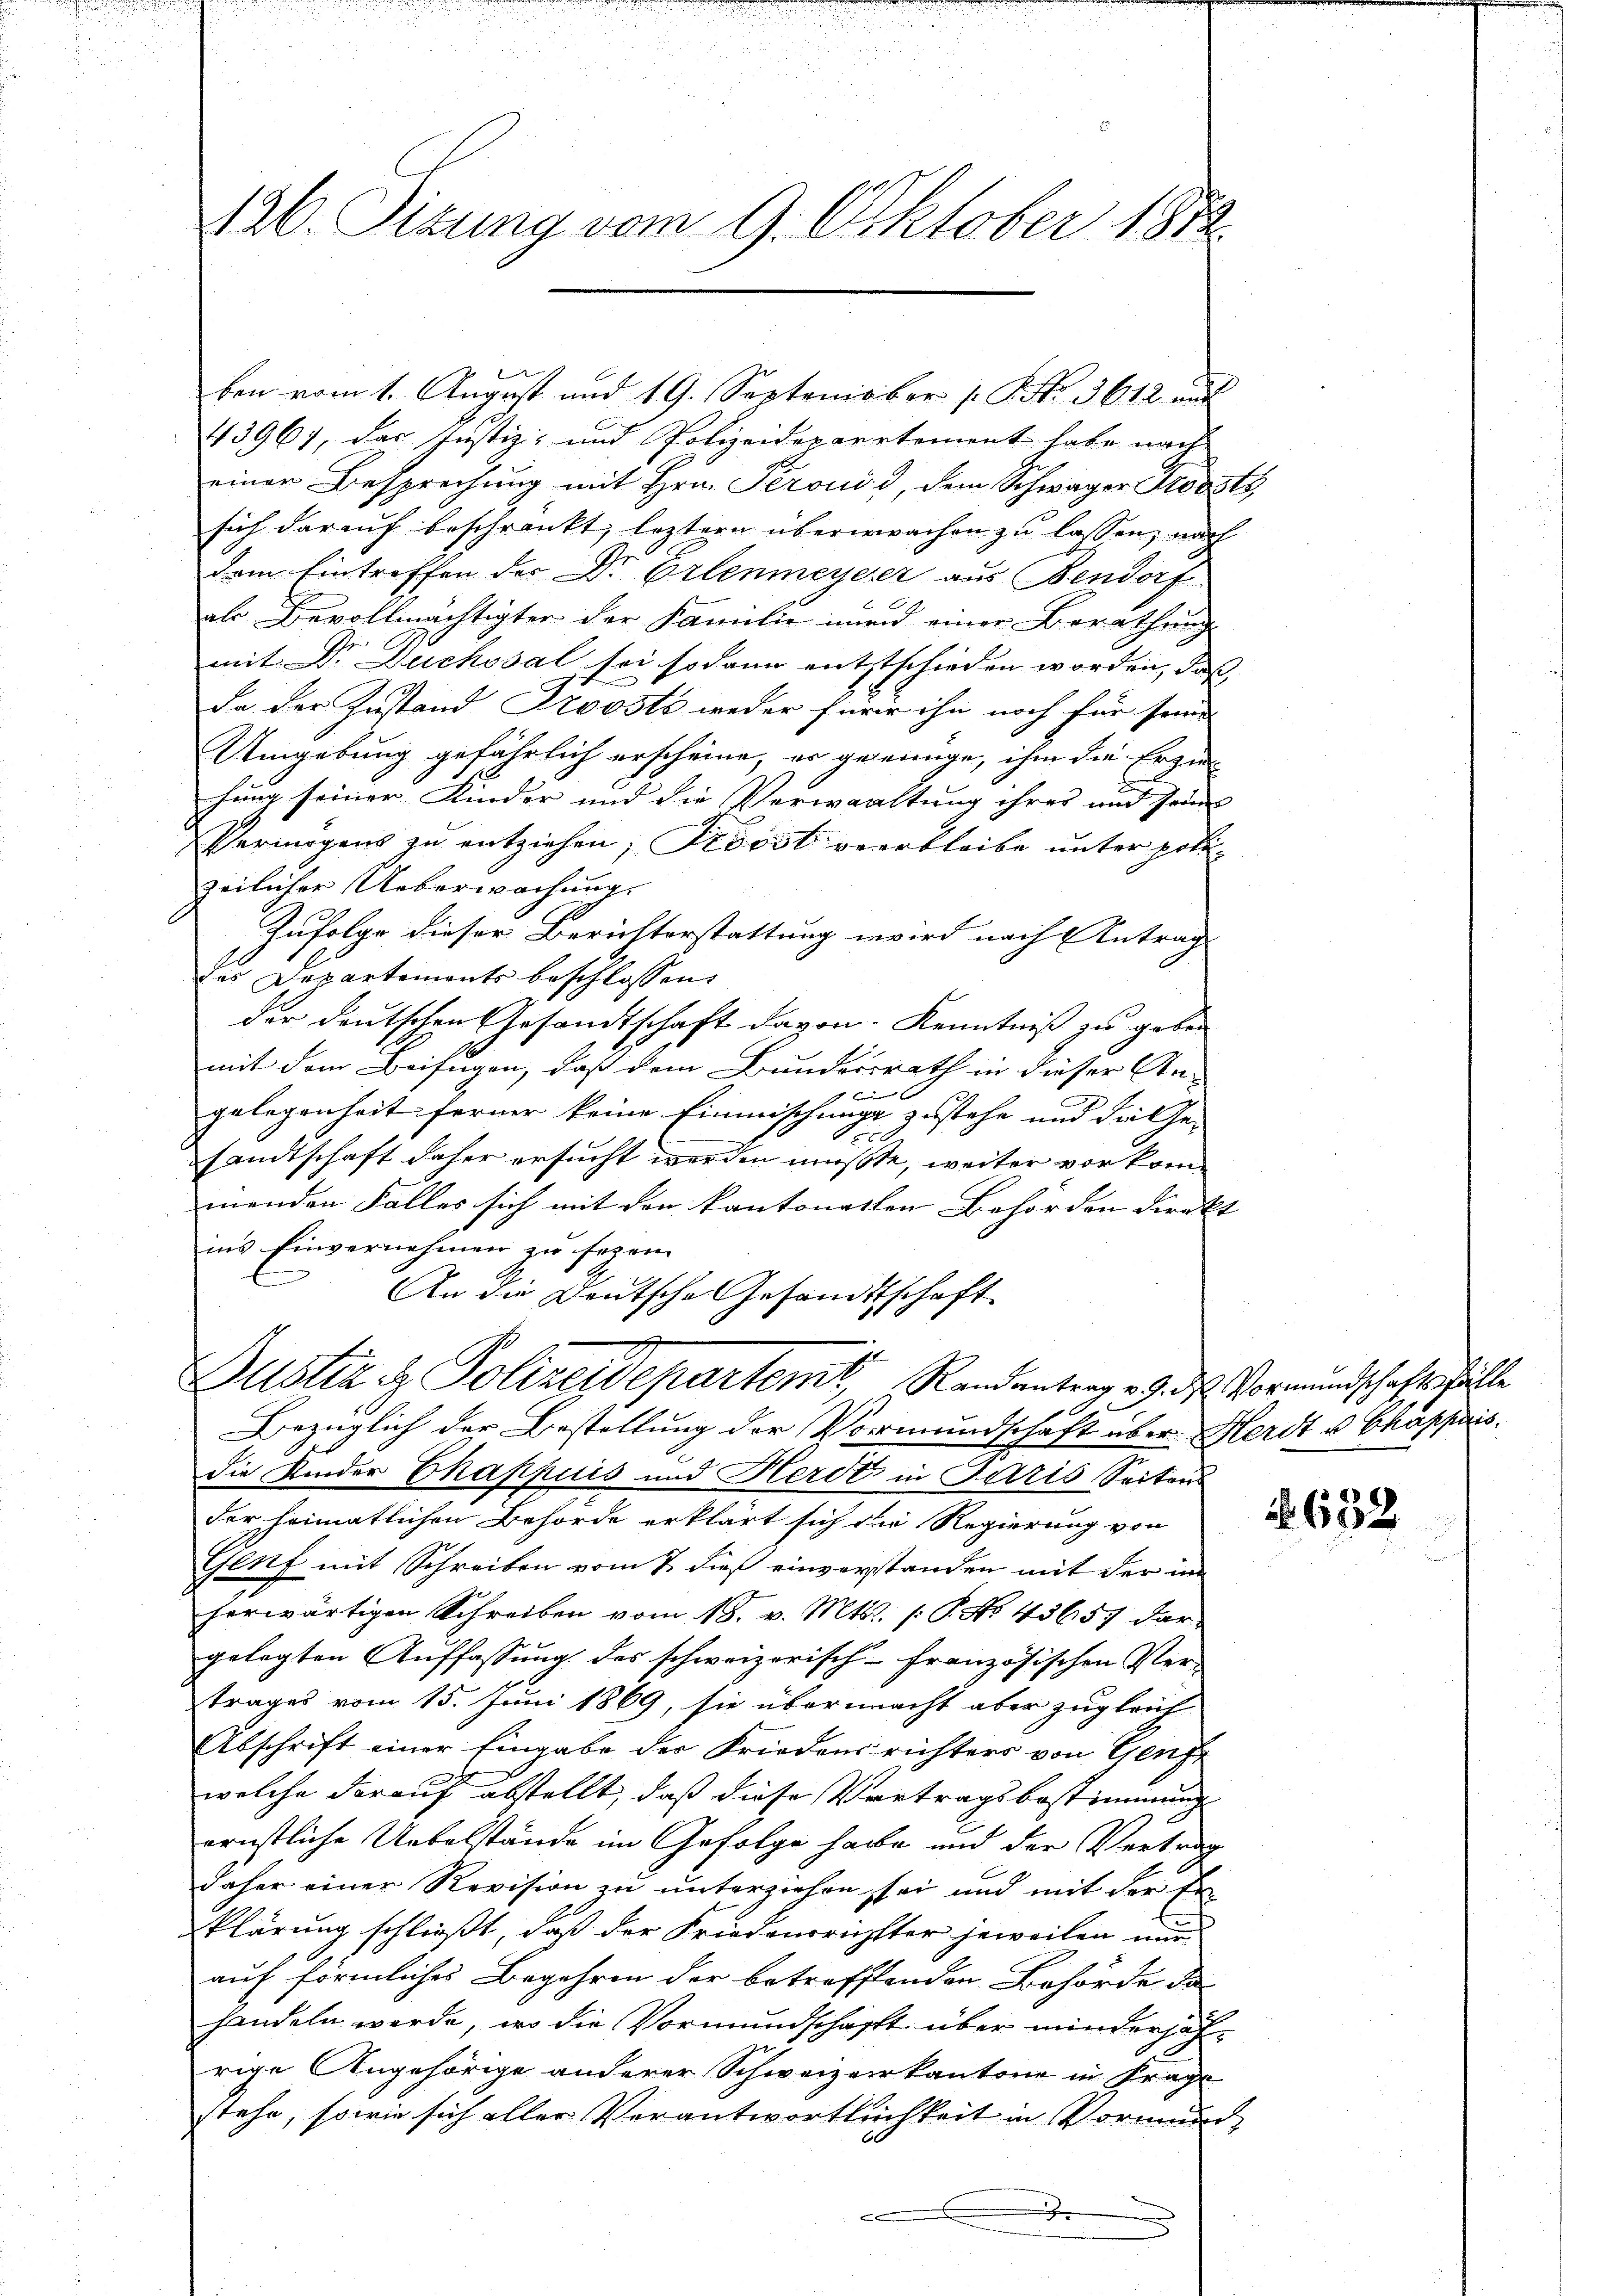
n
126. Sizung vom 9. Oktober 1872

ben vom 1. August und 19. September [ P. Nr. 3612 auf
3967, das Justiz- und Polizeidepartement habe nach
einer Besprechung mit Hrn. Perouid, dem Schwager Probst,
sich darauf beschränkt, leztern überwachen zu lassen, nach
dem Eintreffen der Dr. Erlenmeyerer aus Sendorf
als Bevollmächtigter der Familie nur einer Berathung
mit Dr. Duchosal sei sodann entstschieden worden, daß
da der Zustand Provsts weder für ihn noch für seine
Umgebung gefährlich erscheine, er geeinige, ihm die Erzie-
hung seiner Kinder und die Verwaltung ihres und seine
Vermögens zu entziehen; Stoost verbleibe unter polizeilicher Ueberwachung.
Zufolge dieser Berichterstattung wird nach Antrage
der Departements beschlossen.
der deutschen Gesandtschaft davon. Kenntniß zu geben
mit dem Beifügen, daß dem Bundesrath in dieser An-
1
gelegenheit ferner keine Einmischung zustehe und die Ge-
1
sandtschaft daher ersucht werden müßte, weiter vorkommenden Falles sich mit den kantonallen Behörden direkt |
ins Einvernehmen zu sezen.
An die Deutsche Gesandtschaft
Bustiz & Polizeidepartemt, Randentrag 29. ds. Vormundschaft fühle
.
Bezüglich der Bestellung der Vormundschaft über Herdt u Chappais.
die Kinder Chappuis und Herdt in Paris Seitens
der heimatlichen Behörde erklärt sich die Regierung von
Genf mit Schreiben vom 7. dieß einverstanden mit der im
herwärtigen Schreiben vom 18. v. Mts. /: P. No. 43657 dar-
gelegten Auffassung des schweizerisch-Französischen Ver-
trages vom 15. Juni 1869, sie übermacht aber zugleich
Abschrift einer Eingabe der Friedensrichters von Genf
welche darauf abstellt, daß diese Vertragsbestimmung
ernstliche Uebelstände im Gefolge habe und der Vertrag
daher einer Revision zu unterziehen sei und mit der Erklärung schließt, daß der Friedensrichter jeweilen nur
auf förmliches Begehren der betreffenden Behörde des
handeln werde, wo die Vormundschafft über minderhafrige Angehörige anderer Schweizer kantone in Frage
stehe, sowie sich aller Verantwortlichkeit in Vormund
e
e

632